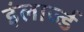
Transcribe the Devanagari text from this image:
इंलार्ज्ड